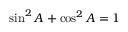
\sin ^ { 2 } A + \cos ^ { 2 } A = 1